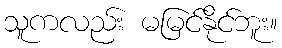
သူကလည်း မမြင်နိုင်ဘူး။